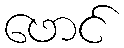
ဖောင်